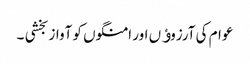
عوام کی آرزوﺅں اور امنگوں کو آواز بخشی ۔